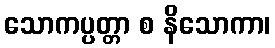
သောကပ္ပတ္တာ စ နိသောကာ၊